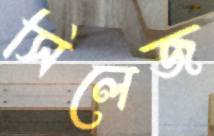
সিলেজ